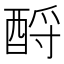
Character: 酹